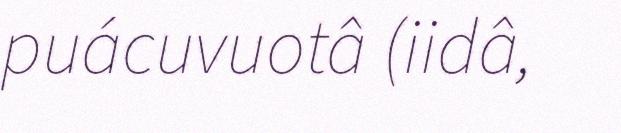
puácuvuotâ (iidâ,